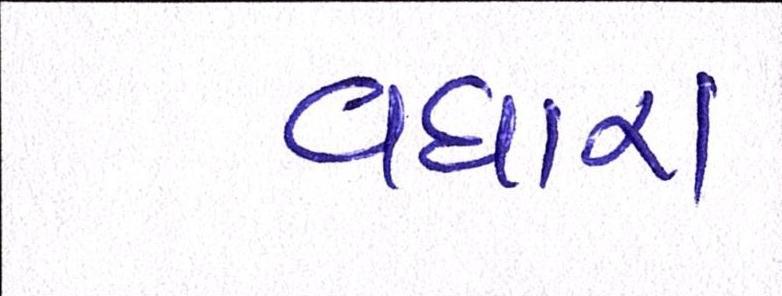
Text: વધારા